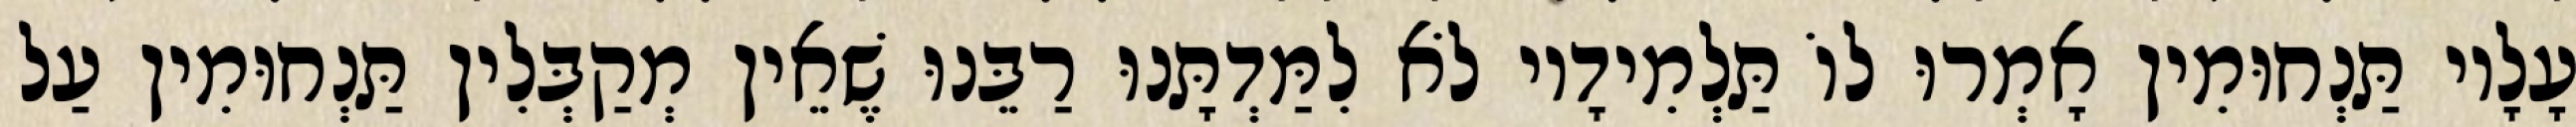
עָלָיו תַּנְחוּמִין אָמְרוּ לוֹ תַּלְמִידָיו לֹא לִמַּדְתָּנוּ רַבֵּנוּ שֶׁאֵין מְקַבְּלִין תַּנְחוּמִין עַל